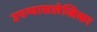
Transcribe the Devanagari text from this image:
उपन्यासलेखिका